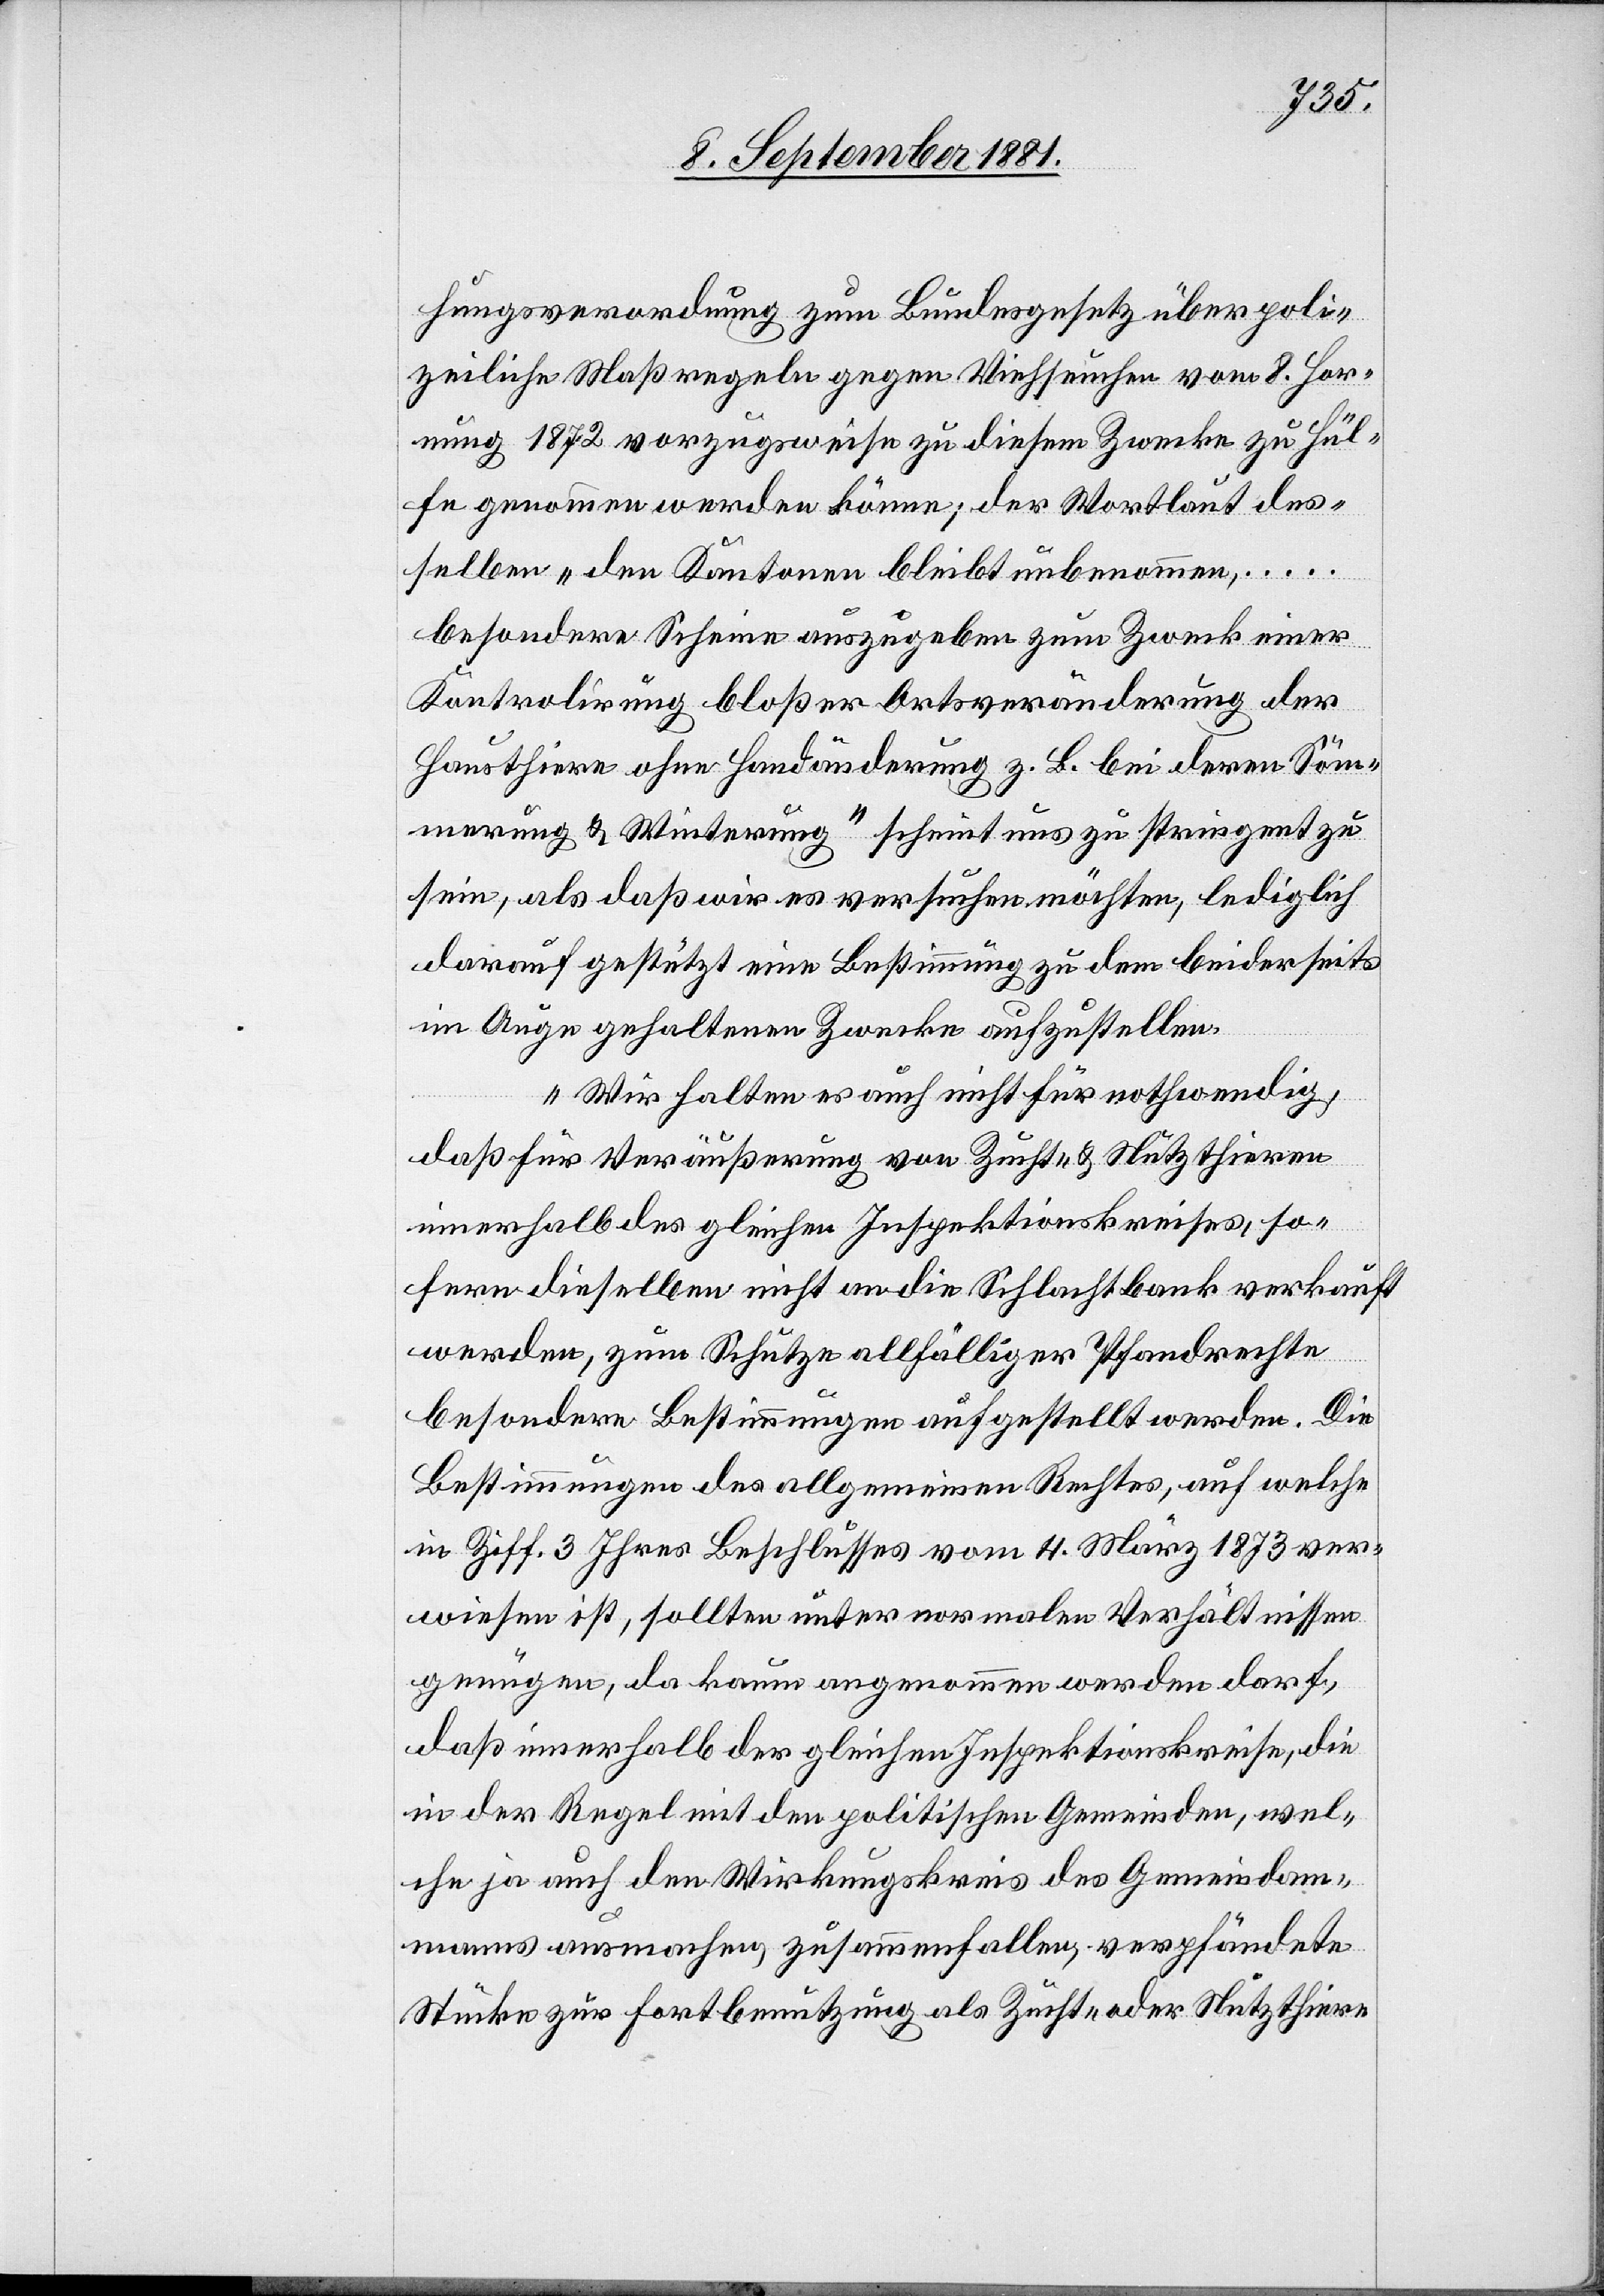
hungsverordnung zum Bundesgesetz über poli¬
zeiliche Maßregeln gegen Viehseuchen vom 8. Hor¬
nung 1872 vorzugsweise zu diesem Zwecke zu Hül¬
fe genommen werden könne; der Wortlaut des¬
selben „den Kantonen bleibt unbenommen, …
besondere Scheine auszugeben zum Zwecke einer
Kontrolirung bloßer Ortsveränderung der
Hausthiere ohne Handänderung z.B. bei deren Söm¬
merung & Winterung“ scheint uns zu stringent zu
sein, als daß wir es versuchen möchten, lediglich
darauf gestützt eine Bestimmung zu dem beiderseits
im Auge gehaltenen Zwecke aufzustellen.
Wir halten es auch nicht für nothwenig,
daß für Veräußerungen von Zucht- & Nützthieren
innerhalb des gleichen Inspektionskreises, so¬
fern dieselben nicht an die Schlachtbank verkauft
werden, zum Schutze allfälliger Pfandrechte
besondere Bestimmungen aufgestellt werden. Die
Bestimmungen des allgemeinen Rechts, auf welche
in Ziff. 3 Ihres Beschlusses vom 4. März 1873 ver¬
wiesen ist, sollte unter normalen Verhältnissen
genügen, da kaum angenommen werden darf,
daß innerhalb der gleichen Inspektionskreise, die
in der Regel mit den politischen Gemeinden, wel¬
che ja auch den Wirkungskreis des Gemeindam¬
manns ausmachen, zusammenfallen, verpfändete
Stücke zur Fortbenutzung als Zucht- oder Nützthiere